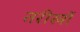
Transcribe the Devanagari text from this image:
तरीखों